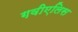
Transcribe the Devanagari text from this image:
गवीएलिस